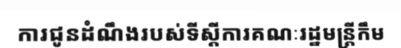
ការជូនដំណឹងរបស់ទីស្តីការគណៈរដ្ឋមន្ត្រីកឹម